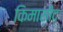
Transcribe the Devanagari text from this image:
किमासीद